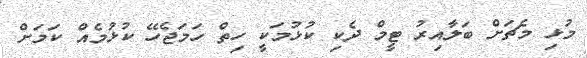
މުޅި މެޗަށް ބަލާއިރު ޓީމް ދެކި ކުޅުމަކީ ހިތް ހަމަޖެހޭ ކުޅުމެއް ކަމަށް